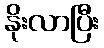
နိုးလာပြီး